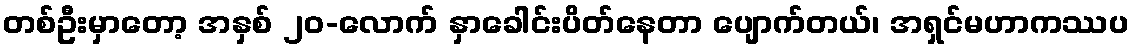
တစ်ဦးမှာတော့ အနှစ် ၂၀-လောက် နှာခေါင်းပိတ်နေတာ ပျောက်တယ်၊ အရှင်မဟာကဿပ